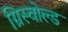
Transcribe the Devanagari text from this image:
ग्रिस्वोल्ड